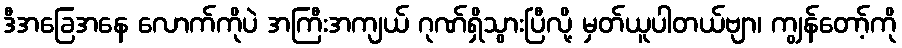
ဒီအခြေအနေ လောက်ကိုပဲ အကြီးအကျယ် ဂုဏ်ရှိသွားပြီလို့ မှတ်ယူပါတယ်ဗျာ၊ ကျွန်တော့်ကို